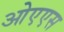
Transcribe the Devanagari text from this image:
ओएएस